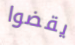
يقضوا